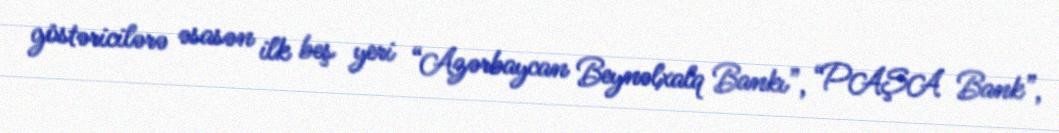
göstəricilərə əsasən ilk beş yeri “Azərbaycan Beynəlxalq Bankı”, “PAŞA Bank”,